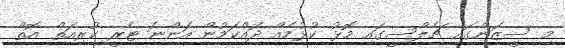
މި ސީޒަންގައި ޗެލްސީގައި މޮޅު ކުޅުމެއް ދައްކަމުން އަންނަ ޓެރީ ކުރިއަތް އޮތް